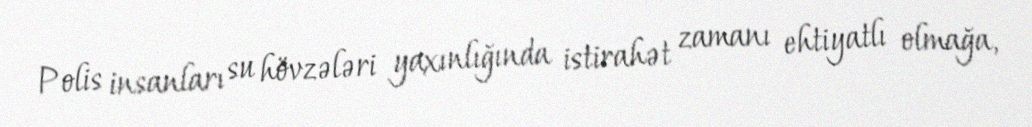
Polis insanları su hövzələri yaxınlığında istirahət zamanı ehtiyatlı olmağa,